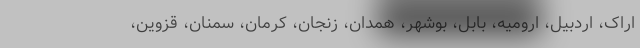
اراک، اردبیل، ارومیه، بابل، بوشهر، همدان، زنجان، کرمان، سمنان، قزوین،